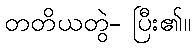
တတိယတွဲ- ပြီး၏။